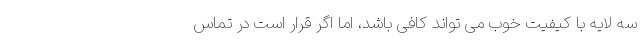
سه لایه با کیفیت خوب می تواند کافی باشد، اما اگر قرار است در تماس